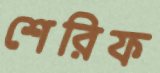
শেরিফ